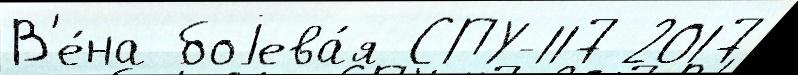
В'е́на боjева́я СПУ-117 2017